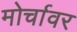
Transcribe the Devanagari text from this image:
मोर्चावर